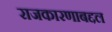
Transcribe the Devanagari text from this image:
राजकारणाबद्दल